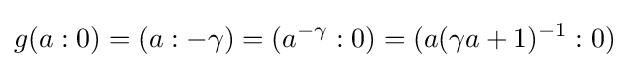
\displaystyle {g(a:0)=(a:-\gamma )=(a^{-\gamma }:0)=(a(\gamma a+1)^{-1}:0)}